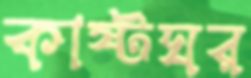
কাষ্টঘর